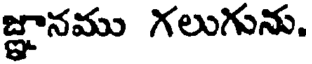
జ్ఞానము గలుగును.